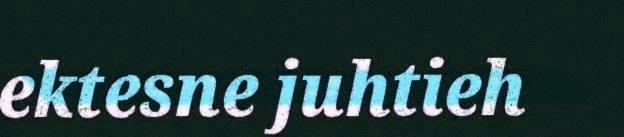
ektesne juhtieh